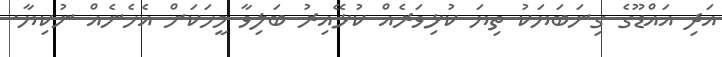
އަދި އައްޑޫގެ ގިނަބަޔަކު ތިޔަ ކުޅިވަރެއް ކުޅޭއިރު ބަލިވާ މީހަކަށް އެހެނެއް ނުކިޔާ.